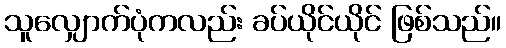
သူလျှောက်ပုံကလည်း ခပ်ယိုင်ယိုင် ဖြစ်သည်။